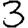
Digit: 3